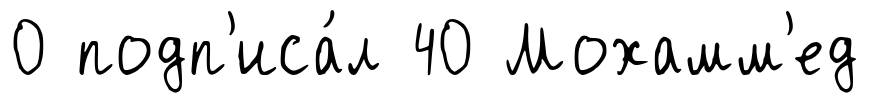
0 подп'иса́л 40 Мохамм'ед